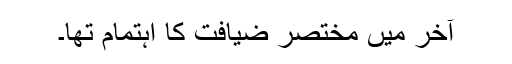
آخر میں مختصر ضیافت کا اہتمام تھا۔